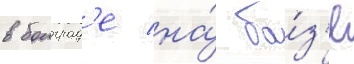
в болград'е на́ ба́з'е